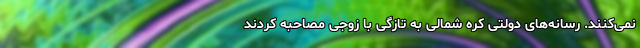
نمی‌کنند. رسانه‌های دولتی کره شمالی به تازگی با زوجی مصاحبه کردند